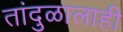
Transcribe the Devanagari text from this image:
तांदुळालाही